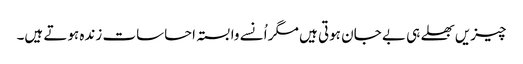
چیزیں بھلے ہی بے جان ہوتی ہیں مگر اُنسے وابستہ احساسات زندہ ہوتے ہیں۔